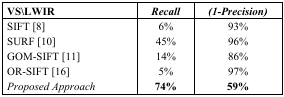
| VS\LWIR | Recall | (1-Precision) |
 | --- | --- | --- |
 | SIFT [8] | 6% | 93% |
 | SURF [10] | 45% | 96% |
 | GOM-SIFT [11] | 14% | 86% |
 | OR-SIFT [16] | 5% | 97% |
 | Proposed Approach | 74% | 59% |